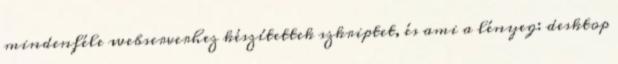
mindenféle webserverhez készítettek szkriptet, és ami a lényeg: desktop